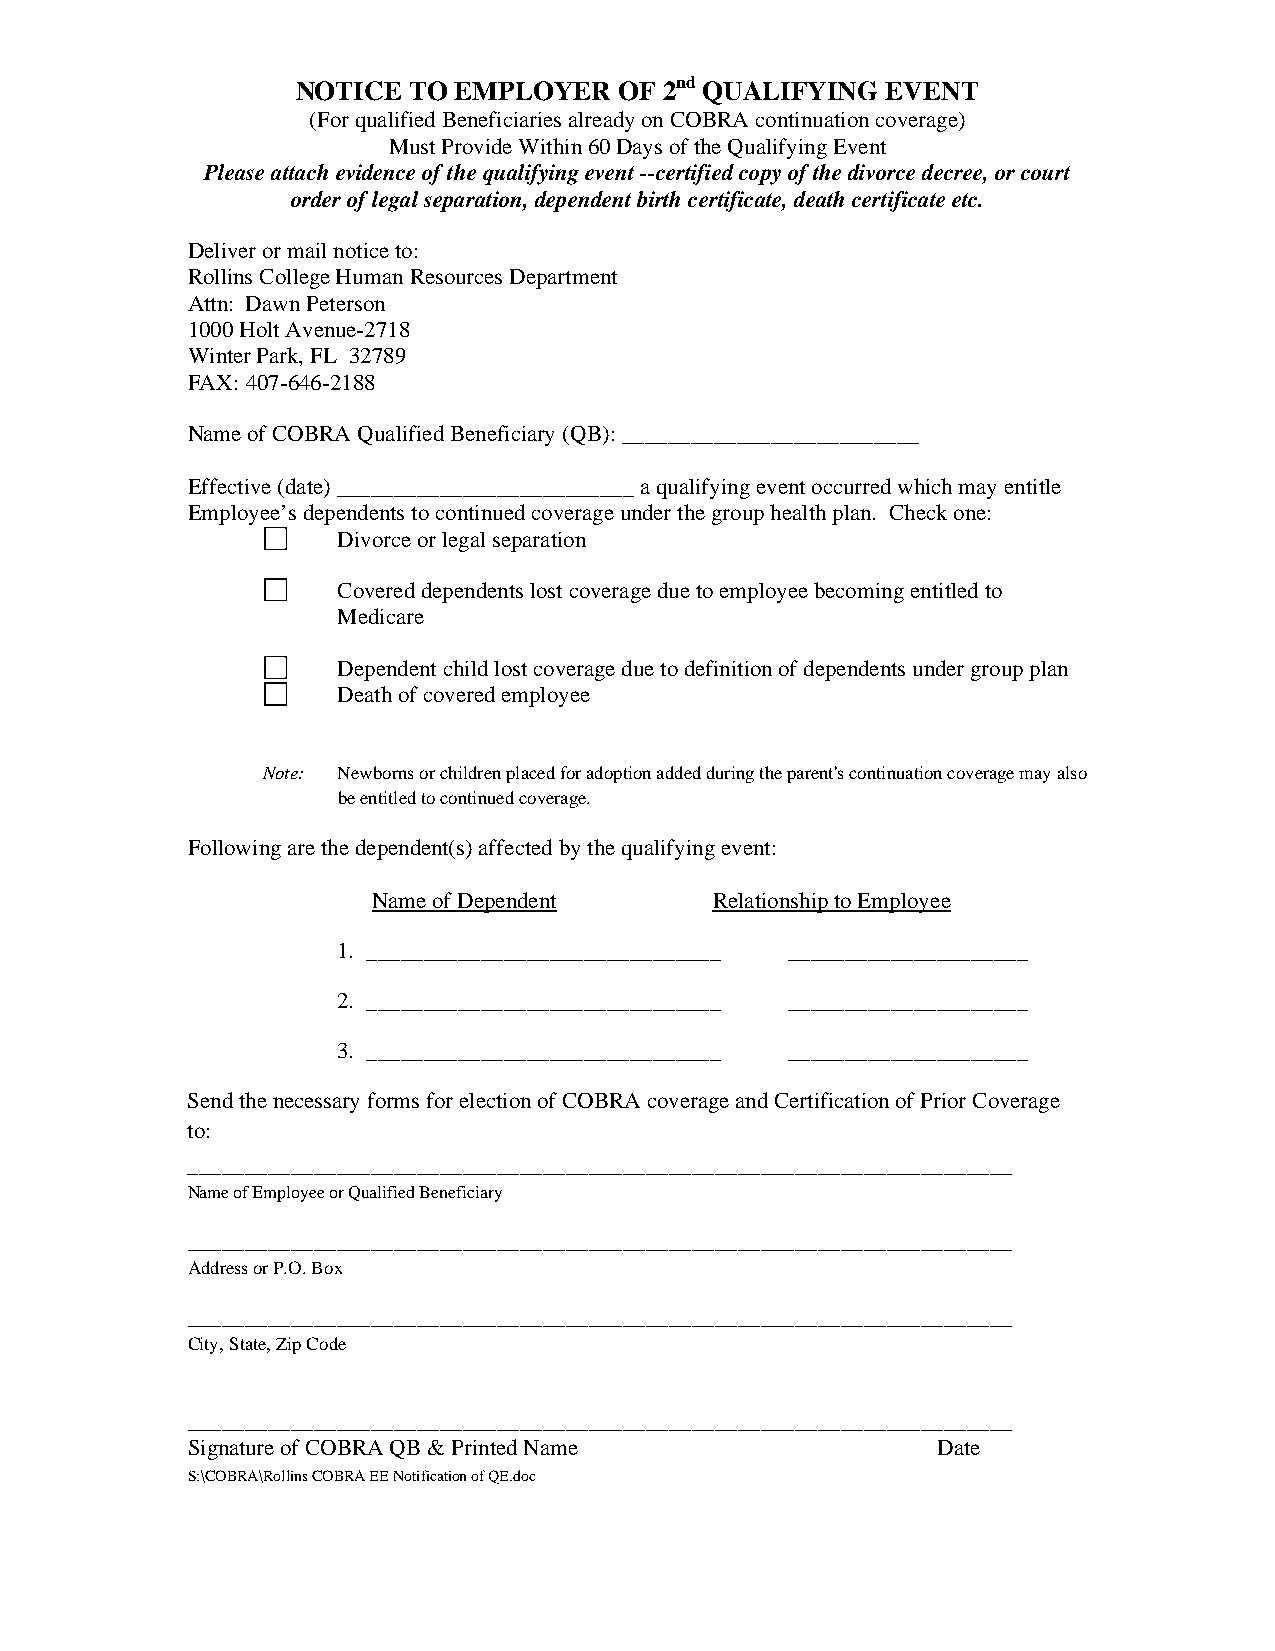
NOTICE TO EMPLOYER   OF 2nd QUALIFYING EVENT
 (For qualified Beneficiaries already on COBRA continuation coverage)
 Must Provide Within 60 Days of the Qualifying Event
 Please attach evidence of the qualifying event --certified copy of the divorce decree, or court
 order of legal separation, dependent birth certificate, death certificate etc.
 Deliver or mail notice to:
 Rollins College Human Resources Department
 Attn: Dawn Peterson
 1000 Holt Avenue-2718
 Winter Park, FL 32789
 FAX: 407-646-2188
 Name of COBRA Qualified Beneficiary (QB): __________________________
 Effective (date) __________________________ a qualifying event occurred which may entitle
 Employee’s dependents to continued coverage under the group health plan. Check one:
 Divorce or legal separation
 Covered dependents lost coverage due to employee becoming entitled to
 Medicare
 Dependent child lost coverage due to definition of dependents under group plan
 Death of covered employee
 Note: Newborns or children placed for adoption added during the parent's continuation coverage may also
 be entitled to continued coverage.
 Following are the dependent(s) affected by the qualifying event:
 Name of Dependent     Relationship to Employee
 1. _______________________________ _____________________
 2. _______________________________ _____________________
 3. _______________________________ _____________________
 Send the necessary forms for election of COBRA coverage and Certification of Prior Coverage
 to:
 ________________________________________________________________________
 Name of Employee or Qualified Beneficiary
 ________________________________________________________________________
 Address or P.O. Box
 ________________________________________________________________________
 City, State, Zip Code
 ________________________________________________________________________
 Signature of COBRA QB & Printed Name              Date
 S:\COBRA\Rollins COBRA EE Notification of QE.doc